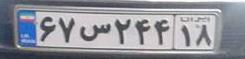
۶۷س۲۴۴۱۸